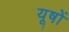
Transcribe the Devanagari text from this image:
यूषों